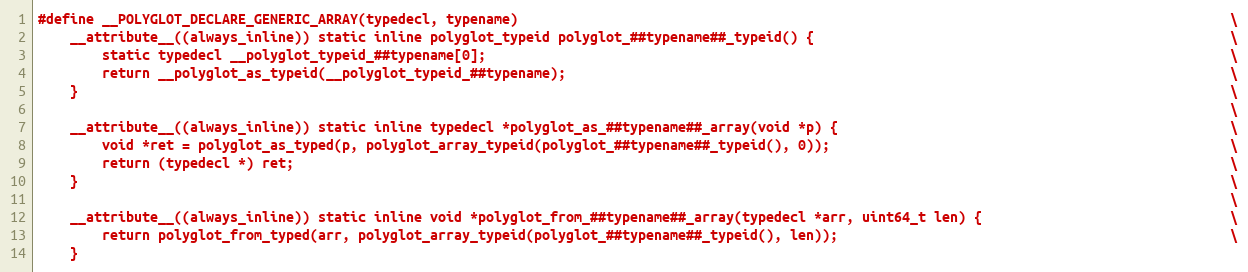
Language: C
#define __POLYGLOT_DECLARE_GENERIC_ARRAY(typedecl, typename)                                                                                         \
    __attribute__((always_inline)) static inline polyglot_typeid polyglot_##typename##_typeid() {                                                    \
        static typedecl __polyglot_typeid_##typename[0];                                                                                             \
        return __polyglot_as_typeid(__polyglot_typeid_##typename);                                                                                   \
    }                                                                                                                                                \
                                                                                                                                                     \
    __attribute__((always_inline)) static inline typedecl *polyglot_as_##typename##_array(void *p) {                                                 \
        void *ret = polyglot_as_typed(p, polyglot_array_typeid(polyglot_##typename##_typeid(), 0));                                                  \
        return (typedecl *) ret;                                                                                                                     \
    }                                                                                                                                                \
                                                                                                                                                     \
    __attribute__((always_inline)) static inline void *polyglot_from_##typename##_array(typedecl *arr, uint64_t len) {                               \
        return polyglot_from_typed(arr, polyglot_array_typeid(polyglot_##typename##_typeid(), len));                                                 \
    }